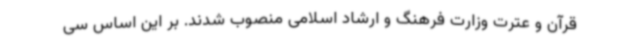
قرآن و عترت وزارت فرهنگ و ارشاد اسلامی منصوب شدند. بر این اساس سی